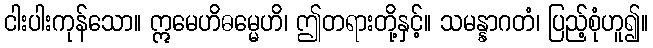
ငါးပါးကုန်သော။ ဣမေဟိဓမ္မေဟိ၊ ဤတရားတို့နှင့်။ သမန္နာဂတံ၊ ပြည့်စုံဟူ၍။